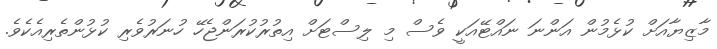
މާޒިޔާއަށް ކުޅެމުން އަންނަ ނައްޓޭއަކީ ވެސް މި ލިސްޓަށް އިތުރުކުރަންޖެހޭ ހުނަރުވެރި ކުޅުންތެރިއެކެވެ.